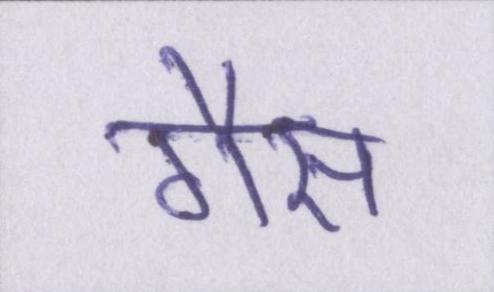
गैस